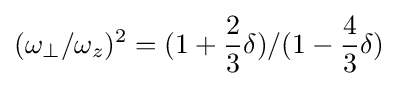
(\omega _{\perp }/\omega _{z})^{2}=(1+{\frac {2}{3}}\delta )/(1-{\frac {4}{3}}\delta )